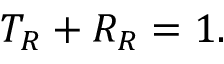
T _ { R } + R _ { R } = 1 .